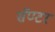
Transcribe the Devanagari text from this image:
सॅण्टर